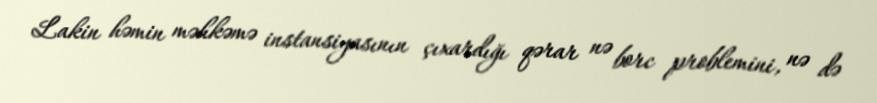
Lakin həmin məhkəmə instansiyasının çıxardığı qərar nə borc problemini, nə də